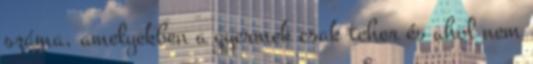
száma, amelyekben a gyermek csak teher és ahol nem